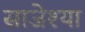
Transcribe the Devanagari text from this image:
साजेश्या